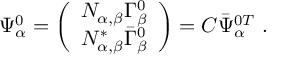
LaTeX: \Psi _ { \alpha } ^ { 0 } = \left( \begin{array} { c } { { N _ { \alpha , \beta } \Gamma _ { \beta } ^ { 0 } } } \\ { { N _ { \alpha , \beta } ^ { * } \bar { \Gamma } _ { \beta } ^ { 0 } } } \end{array} \right) = C \bar { \Psi } _ { \alpha } ^ { 0 T } \ .